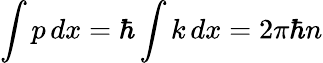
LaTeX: \int p\, dx=\hbar\int k\, dx=2\pi\hbar n